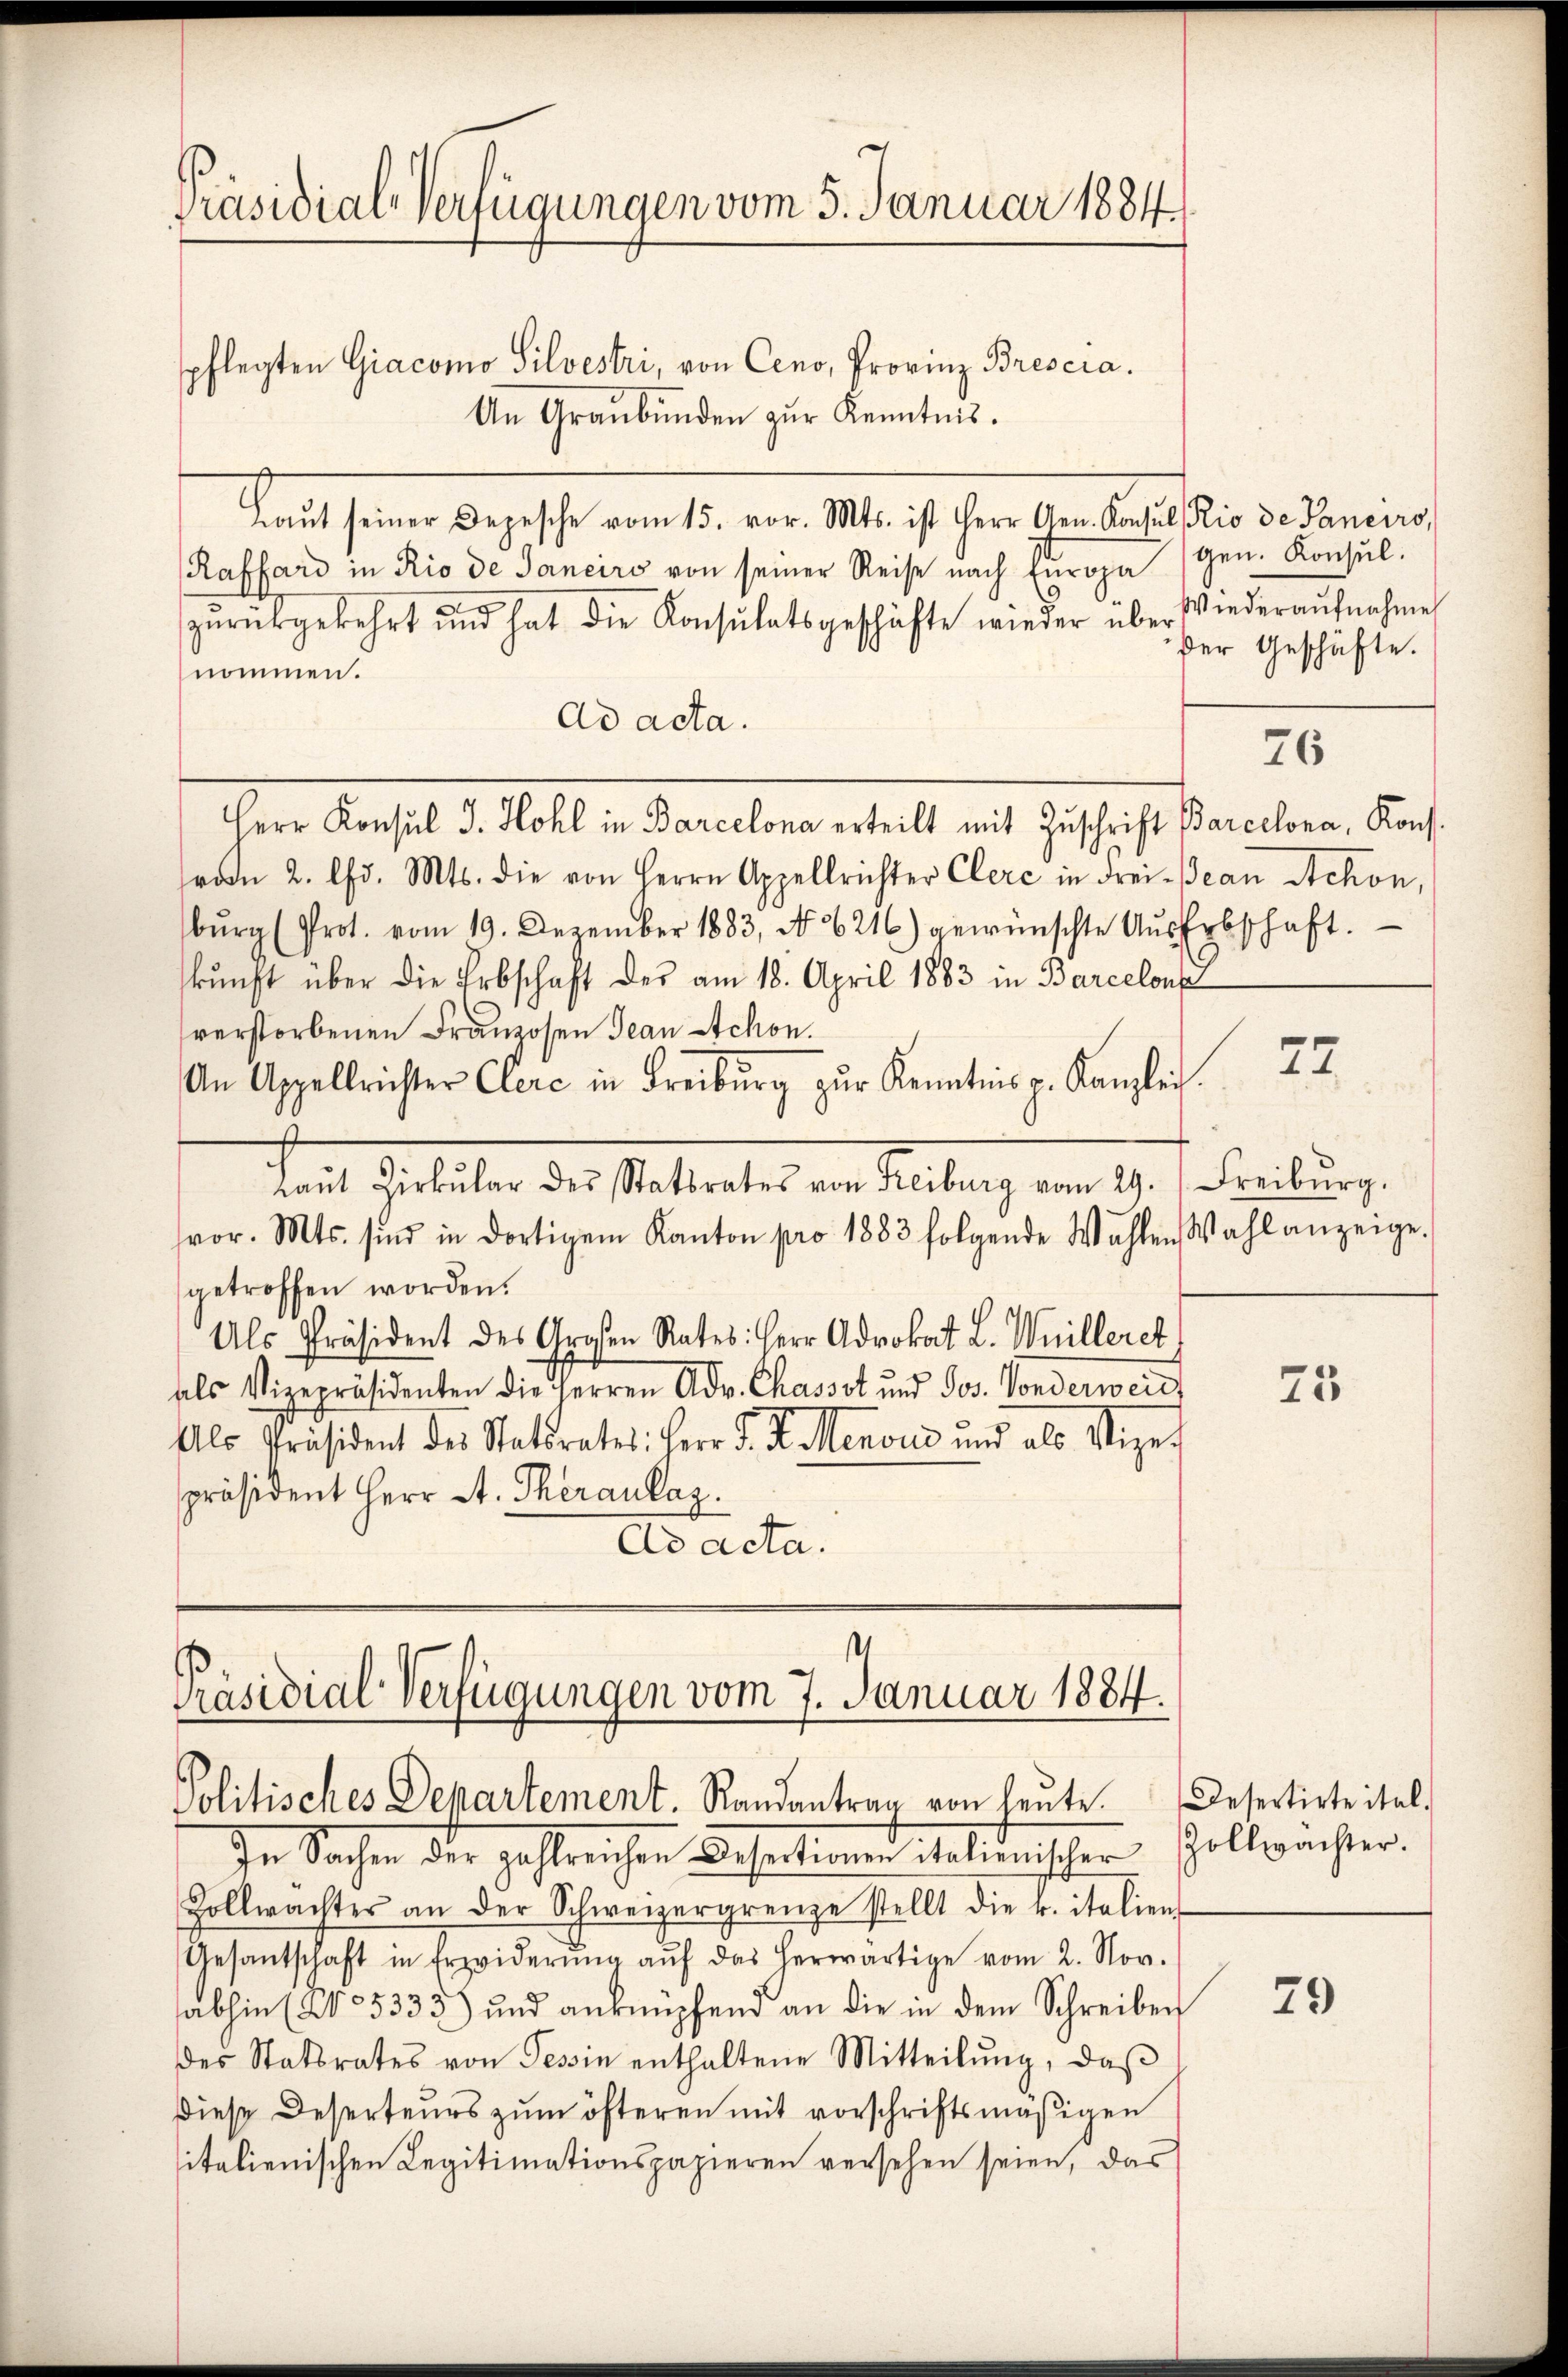
Präsidial-Verfügungen vom 5. Januar 1884.

spflegten Giacomo Silvestri, von Ceno, Provinz Brescra.
An Graubünden zŭr Kenntnis.
Kauf seiner Begesche vom 15. vor. Mts. ist herr Gendantel die v. Jening
Raffard in Rio de Janeiro von seiner Reise nach Europa
zŭrückgekehrt und hat die Konsulatsgeschäfte wieder über Wiederaŭfnahmen
nommen.
Ad acta.
Herr Konsul J. Hohl in Barcelona erteilt mit Zuschrift Barcelona, Kons.
rode 2. Chr. Mts. die von Herrn Appellrichter Clerc in Frei- Jean Schon,
bŭrg (Prot. vom 19. Dezember 1883, No 6216) gewünschte Aŭs Erbschaft.
kunft über die Erbschaft der am 18. April 1883 in Barcelons
verstorbenen Franzosen Jean Schon.
22
An Appellrichter Clerc in Freiburg zŭr Kenntnis v. Kanzlei.
Prait Geliter der titreter von Leitung vom 9. Freiburg,
vor. Mts. sind in dortigem Kanton pro 1883 folgende Wahlen Wahl anzeige.
getroffen worden.
Als Präsident des Großen Rates: Herr Advokat L. Weilleret
als Vizepräsidenten die Herren Adv. Chassot und Jos. Vonderweit
75
Als Präsident des Statsrates: Herr P. R. Menoud und als Vize-
präsident Herr A. Theranlaz.
Ad acta.

Präsidial-Verfügungen vom 7. Januar 1884.
Politisches Departement. Randantrag von heute. Desertirte ital.

In Sachen der zahlreichen Desertionen italienischer Zollwachter.
Zollwachtes an der Schweizergrenze stellt die u. italien-
Gesantschaft in Erwiderŭng aŭf das herwärtige vom 2. Nov.
sabhin (205333) und anknüpfend an die in dem Schreiben
des Statsrates von Tessin enthaltene Mitteilŭng, daβ
diese Deserteurs zum öfteren mit vorschriftsmäßigen
sitalienischen Legitimationspapieren versehen seien, das

gen. Konsul.
der Geschäfte.

76

29